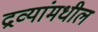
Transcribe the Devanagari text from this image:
द्रव्यांमधील